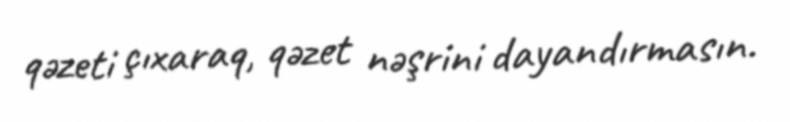
qəzeti çıxaraq, qəzet nəşrini dayandırmasın.